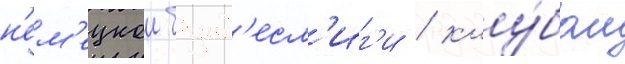
н'ем'ецкои бунд'есл'иг'и / клу́бом